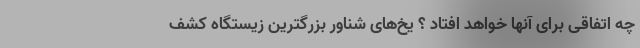
چه اتفاقی برای آنها خواهد افتاد ؟ یخ‌های شناور بزرگترین زیستگاه کشف